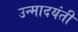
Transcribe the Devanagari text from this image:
उन्मादयंती